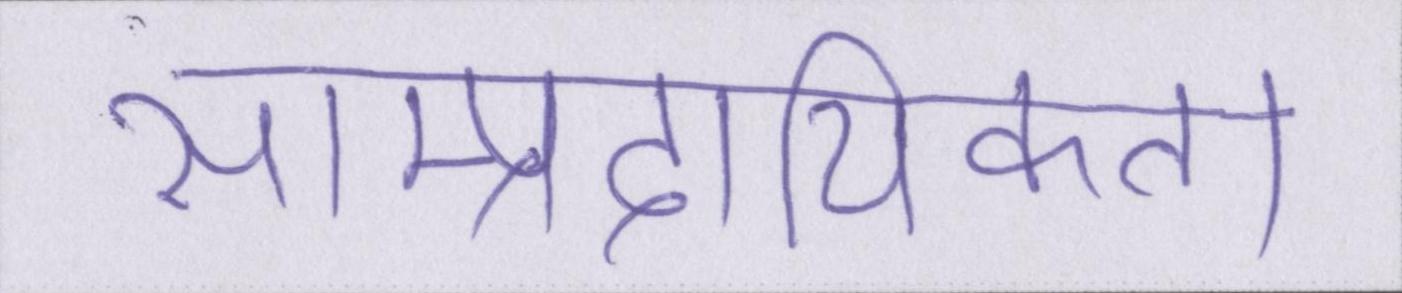
साम्प्रदायिकता